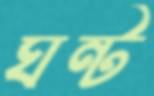
ঘন্ট